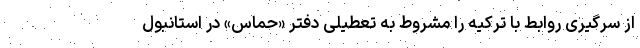
از سرگیری روابط با ترکیه را مشروط به تعطیلی دفتر «حماس» در استانبول